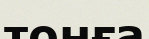
тонға